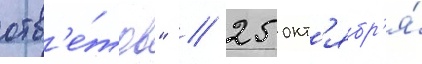
отв'е́тов" // 25 окт'ябр'я́